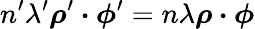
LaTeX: n^{\prime}\lambda^{\prime}\boldsymbol\rho^{\prime}\boldsymbol\cdot\boldsymbol\phi^{\prime}=n\lambda\boldsymbol\rho\boldsymbol\cdot\boldsymbol\phi